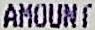
AMOUNT